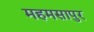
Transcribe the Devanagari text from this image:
महमसापुर